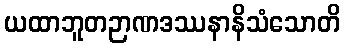
ယထာဘူတဉာဏဒဿနာနိသံသောတိ